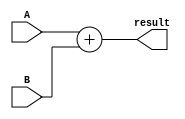

module addiu (A, result, B);
	input [31:0] A, B;
	output [31:0] result ;
	assign result = A + B ;
endmodule